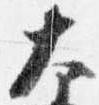
大